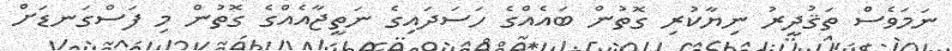
ނަމަވެސް ތަޤުދީރު ނިޔާކުރި ގޮތުން ބައެއްގެ ހަސަދައިގެ ނަތީޖާއެއްގެ ގޮތުން މި ފަސްގަނޑަށް